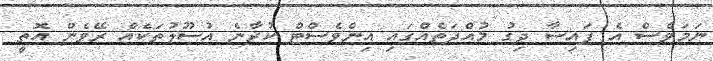
ނަމަވެސް އެ ފައިސާ ދިގު މުއްދަތެއްގައި އިންވެސްޓް ކުރާނެ އުސޫލުތަކެއް ރޭވެން އޮތީ